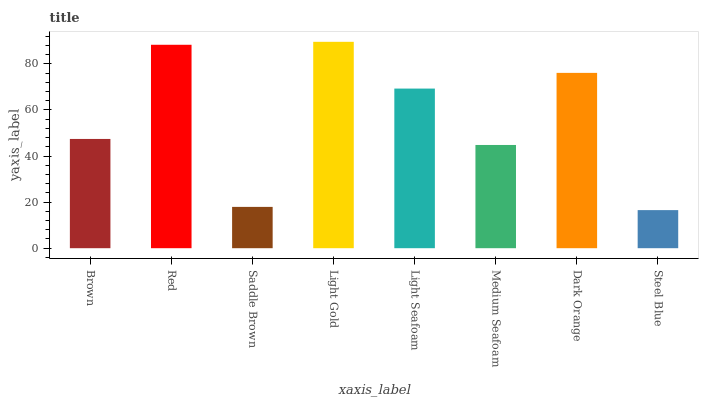
| xaxis_label | bars |
 | --- | --- |
 | Brown | 47.4 |
 | Red | 88.3 |
 | Saddle Brown | 17.9 |
 | Light Gold | 89.6 |
 | Light Seafoam | 69.3 |
 | Medium Seafoam | 44.8 |
 | Dark Orange | 76.1 |
 | Steel Blue | 16.5 |